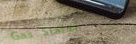
Gas Station